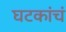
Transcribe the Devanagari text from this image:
घटकांचं